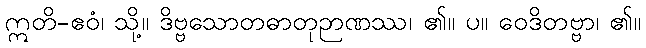
ဣတိ-ဧဝံ၊ သို့။ ဒိဗ္ဗသောတဓာတုဉာဏဿ၊ ၏။ ပ။ ဝေဒိတဗ္ဗာ၊ ၏။